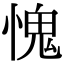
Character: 愧